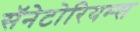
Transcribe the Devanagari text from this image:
सॅनेटोरियम्स